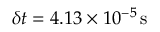
\delta t = 4 . 1 3 \times 1 0 ^ { - 5 } \, \mathrm { { s } }